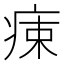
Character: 𤶬